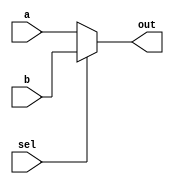
module mux_2_5bit(a, b, sel, out);

    input [4:0] a, b;
    input sel;
    output [4:0] out;
    
    assign out = sel ? b : a;

endmodule